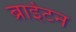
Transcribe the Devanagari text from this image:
ब्राईटन